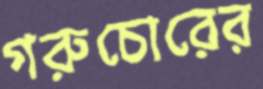
গরুচোরের